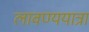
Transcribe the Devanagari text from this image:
लावण्ययात्रा